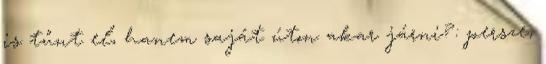
is tűnt el, hanem saját úton akar járni?: persze,